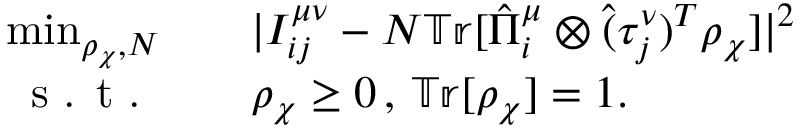
\begin{array} { r l } { \operatorname* { m i n } _ { \rho _ { \chi } , N } \quad } & { { } | I _ { i j } ^ { \mu \nu } - N \mathbb { T r } [ \hat { \Pi } _ { i } ^ { \mu } \otimes \hat { ( } \tau _ { j } ^ { \nu } ) ^ { T } \rho _ { \chi } ] | ^ { 2 } } \\ { \textrm { s . t . } \quad } & { { } \rho _ { \chi } \geq 0 \, , \, \mathbb { T r } [ \rho _ { \chi } ] = 1 . } \end{array}